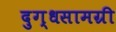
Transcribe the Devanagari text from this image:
दुग्धसामग्री